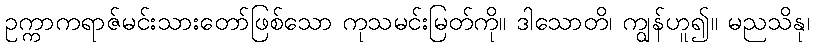
ဥက္ကာကရာဇ်မင်းသားတော်ဖြစ်သော ကုသမင်းမြတ်ကို။ ဒါသောတိ၊ ကျွန်ဟူ၍။ မညသိနု၊